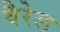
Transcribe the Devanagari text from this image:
वैरेल